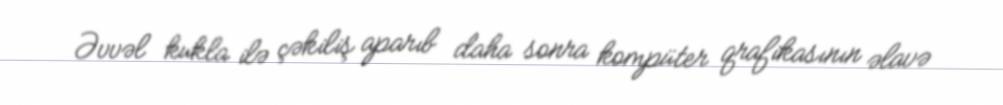
Əvvəl kukla ilə çəkiliş aparıb daha sonra kompüter qrafikasının əlavə